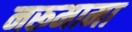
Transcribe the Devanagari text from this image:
नरूमामा